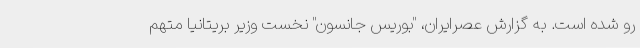
رو شده است. به گزارش عصرایران، "بوریس جانسون" نخست وزیر بریتانیا متهم